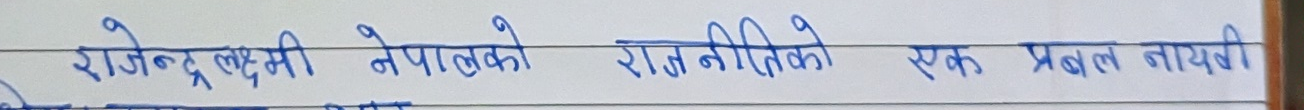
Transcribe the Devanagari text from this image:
राजेन्द्र लक्ष्मी नेपालको राजनीतिका एक प्रवल नायकी